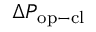
\Delta P _ { \mathrm { o p - c l } }